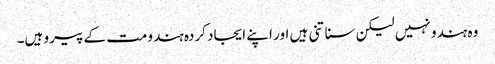
وہ ہندو نہیں لیکن سناتنی ہیں اور اپنے ایجاد کردہ ہندومت کے پیرو ہیں۔